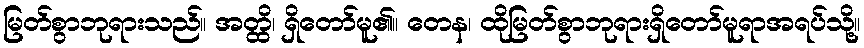
မြတ်စွာဘုရားသည်။ အတ္ထိ၊ ရှိတော်မူ၏။ တေန၊ ထိုမြတ်စွာဘုရားရှိတော်မူရာအရပ်သို့။